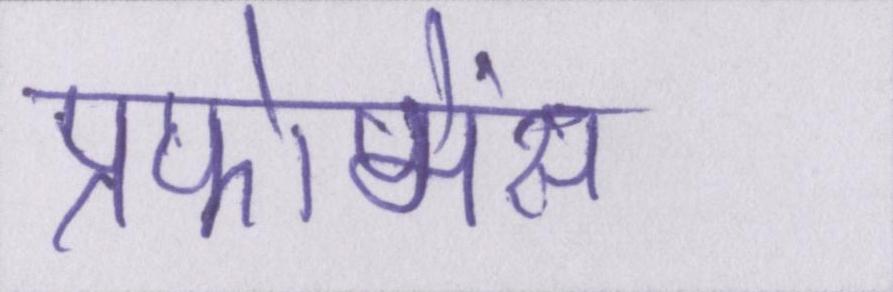
प्रफोमेंस